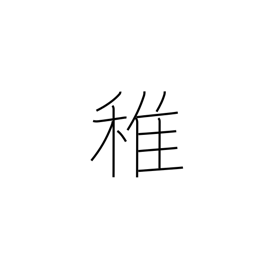
Meaning: immature